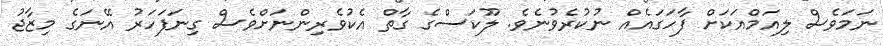
ނަމަވެސް ލިއަމްއަކަށް ފާހަގައެއް ނުކުރެވުނެވެ. ލޫކަސްގެ ގާތް އެކުވެރިންނަށްވެސް ގިނަފަހަރު އޭނަގެ މިޒާޖު